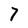
Character: 7